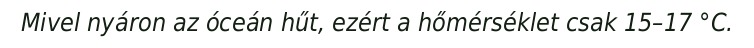
Mivel nyáron az óceán hűt, ezért a hőmérséklet csak 15–17 °C.